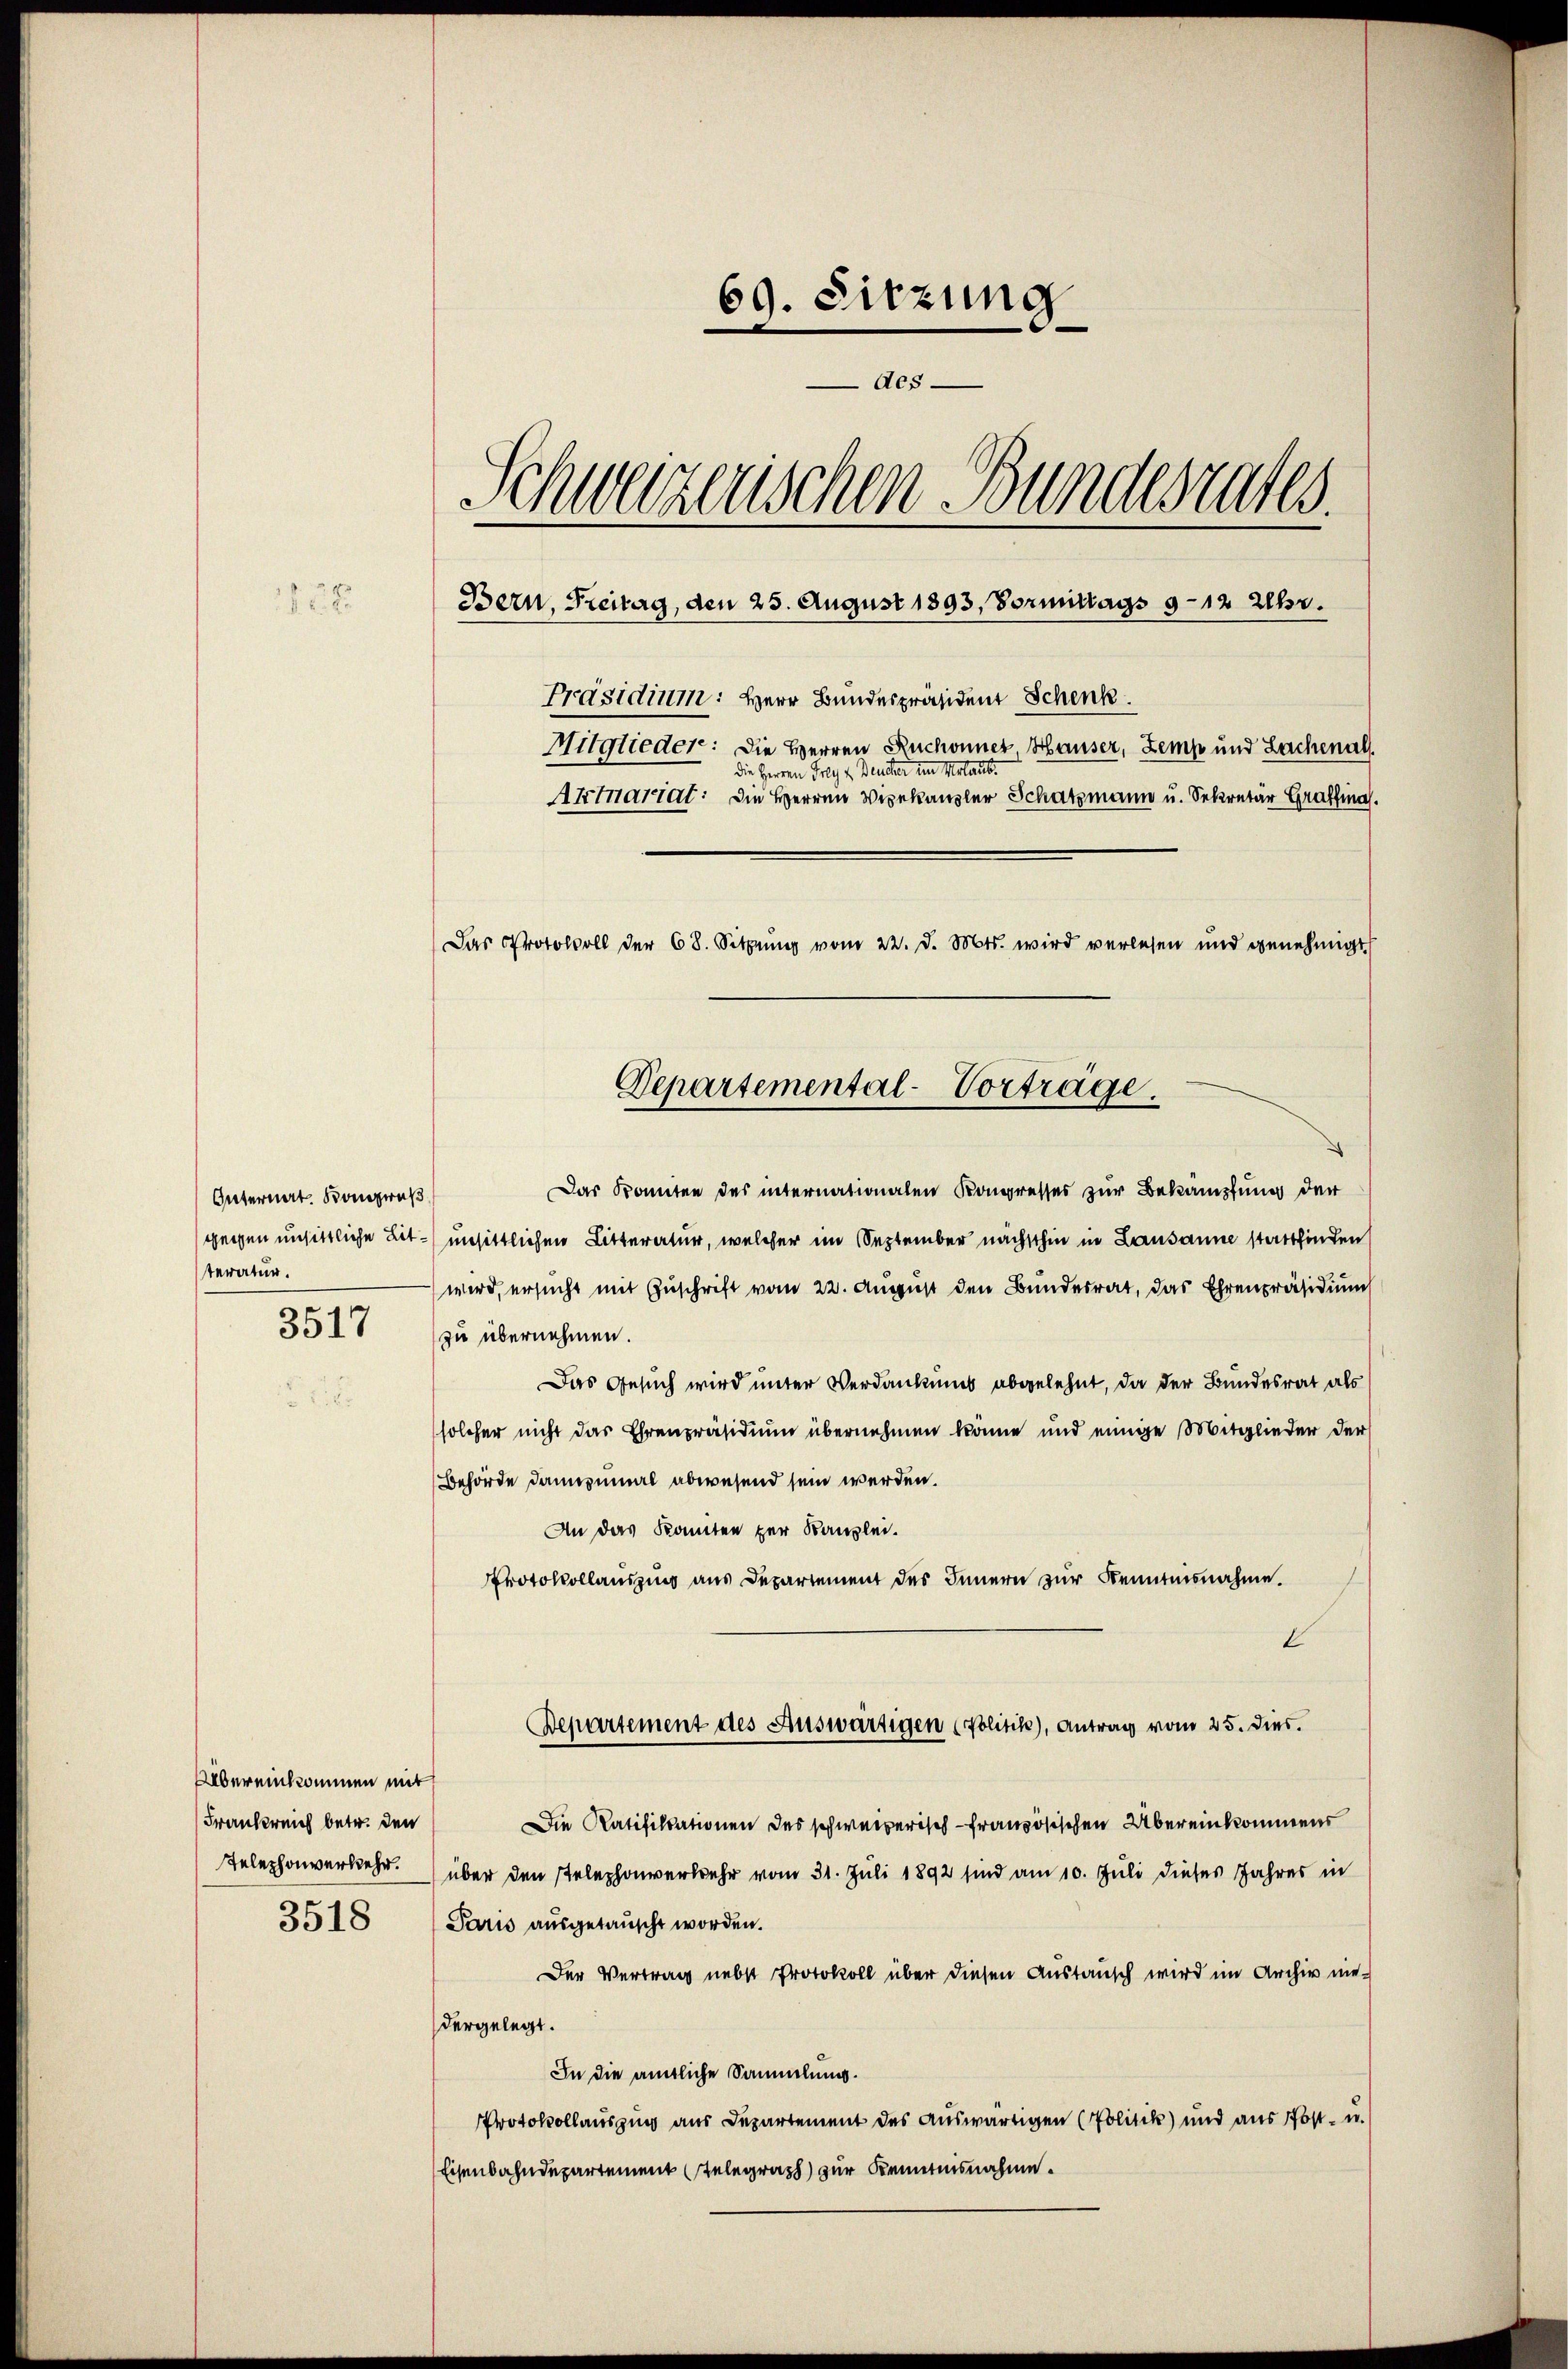
69. Sitzung
des.
Schweizerischen Bundesrates.
Bern, Freitag, den 25. August 1893, Vormittags 9–12 Uhr.
158
Präsidium: Herr Bundespräsident Schenk
Mitglieder: Die Herren Ruchonnet Hauser, Zemp und Lachenal
die Herren Folg z. Beister im Molaus
Atmariat: Die Herren Verkanzler Schatzmann u. Sekretär Graf
Das Protocoll der 68. Sitzŭng vom 22. d. Mts. wird verlesen und genehmigt

Internat. Kongrus
gegen unsittliche Lit.
steratur.

3517

Übereinkommen mit
Frankreich betr. den
Telephonverkehr.

3518

Departemental-Vortrage.

Das konnten des internationalen Kongresses zur Bekämpfung der
unsittlichen Litteratur, welcher im September nächsthin in Lausanne stattfinden
) wird, ersucht mit Zuschrift vom 22. August den Bunderrat, das Ehrenpräsidium
zu übernehmen.
Das Gesuch wird unter Verdankens abgelehnt, da der Bundesrat als
solcher nicht das Ehrenpräsidium übernehmen könne und einige Mitglieder der
Behörde dannzumal abwesend sein werden.
An das konnten zur Kanzlei.
Protokollauszing aus Departement des Innern zur Kenntnisnahme.
I
Bepartement des Auswärtigen (Politik), Antrag vom 25. dies.
Die Ratifikationen des schweizerisch-Französischen Übereinkommens
über den stelephonverwehr vom 31. Juli 1892 sind am 10. Juli dieses Jahres in
Paris ausgetauscht worden.
Der Vertrag nebst Protokoll über diesen Austausch wird im Archiv niedergelegt.
In die amtliche Sammlung.
Protokollauszug aus Departement des auswärtigen (Politik und aus Post- u.
Eisenbahndepartement Telegraph zur Kenntnisnahme.